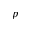
p